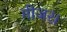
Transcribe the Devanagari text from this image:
गीजर।